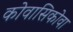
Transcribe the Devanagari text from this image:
कोवासिकोवा